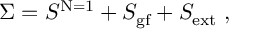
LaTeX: \Sigma = S ^ { \mathrm { N = 1 } } + S _ { \mathrm { g f } } + S _ { \mathrm { e x t } } \; ,